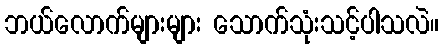
ဘယ်လောက်များများ သောက်သုံးသင့်ပါသလဲ။